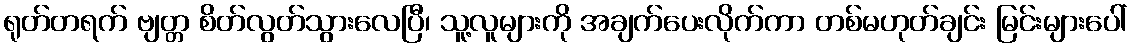
ရုတ်တရက် ဗျတ္တ စိတ်လွတ်သွားလေပြီ၊ သူ့လူများကို အချက်ပေးလိုက်ကာ တစ်မဟုတ်ချင်း မြင်းများပေါ်